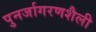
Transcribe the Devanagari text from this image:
पुनर्जागरणशैली